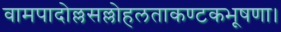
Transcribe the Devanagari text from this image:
वामपादोल्लसल्लोहलताकण्टकभूषणा।